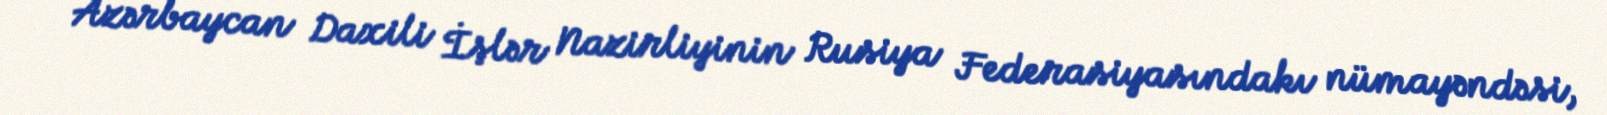
Azərbaycan Daxili İşlər Nazirliyinin Rusiya Federasiyasındakı nümayəndəsi,